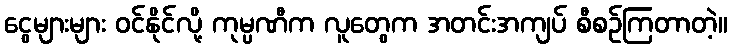
ငွေများများ ဝင်နိုင်လို့ ကုမ္ပဏီက လူတွေက အတင်းအကျပ် စီစဉ်ကြတာတဲ့။